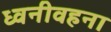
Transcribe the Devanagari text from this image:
ध्वनीवहना